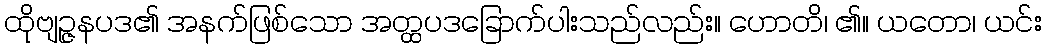
ထိုဗျဉ္ဇနပဒ၏ အနက်ဖြစ်သော အတ္ထပဒခြောက်ပါးသည်လည်း။ ဟောတိ၊ ၏။ ယတော၊ ယင်း